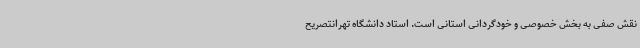
نقش صفی به بخش خصوصی و خودگردانی استانی است. استاد دانشگاه تهرانتصریح